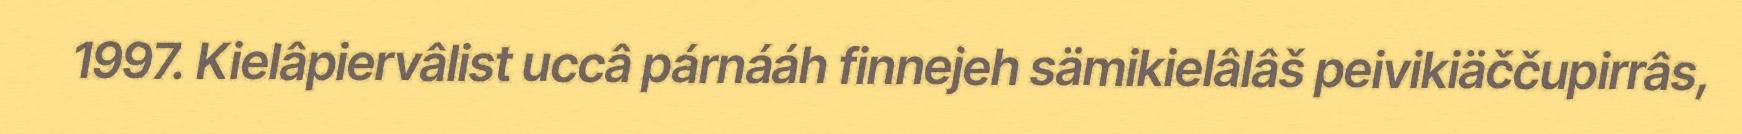
1997. Kielâpiervâlist uccâ párnááh finnejeh sämikielâlâš peivikiäččupirrâs,